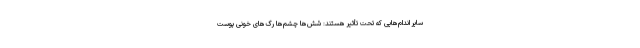
سایر اندام‌هایی که تحت تأثیر هستند: شُش‌ها چشم‌ها رگ‌های خونی پوست